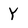
Character: Y